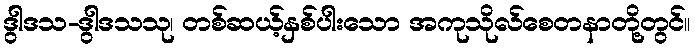
ဒွါဒသ-ဒွါဒသသု၊ တစ်ဆယ့်နှစ်ပါးသော အကုသိုလ်စေတနာတို့တွင်။